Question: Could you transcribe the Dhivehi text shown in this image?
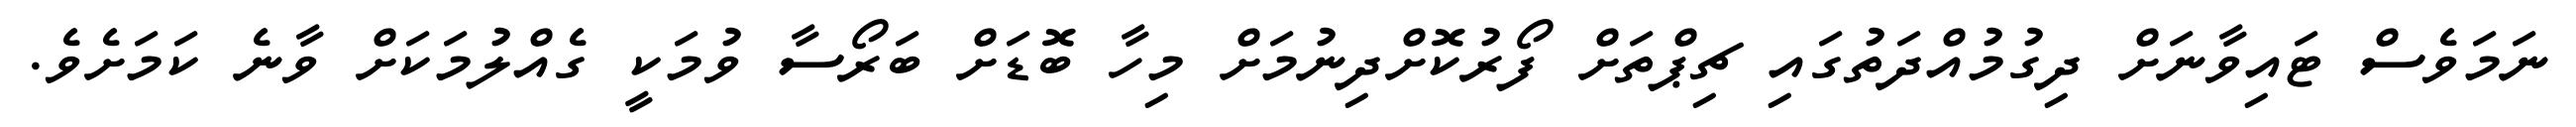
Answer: ނަމަވެސް ޓައިވާނަށް ދިގުމުއްދަތުގައި ޗިޕްތަށް ފޯރުކޮށްދިނުމަށް މިހާ ބޮޑަށް ބަރޯސާ ވުމަކީ ގެއްލުމަކަށް ވާނެ ކަމަށެވެ.